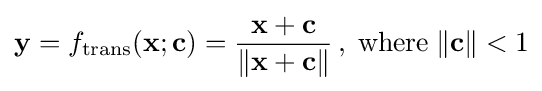
\mathbf {y} =f_{\text{trans}}(\mathbf {x} ;\mathbf {c} )={\frac {\mathbf {x} +\mathbf {c} }{\lVert \mathbf {x} +\mathbf {c} \rVert }}\,,\;{\text{where}}\;\lVert \mathbf {c} \rVert <1